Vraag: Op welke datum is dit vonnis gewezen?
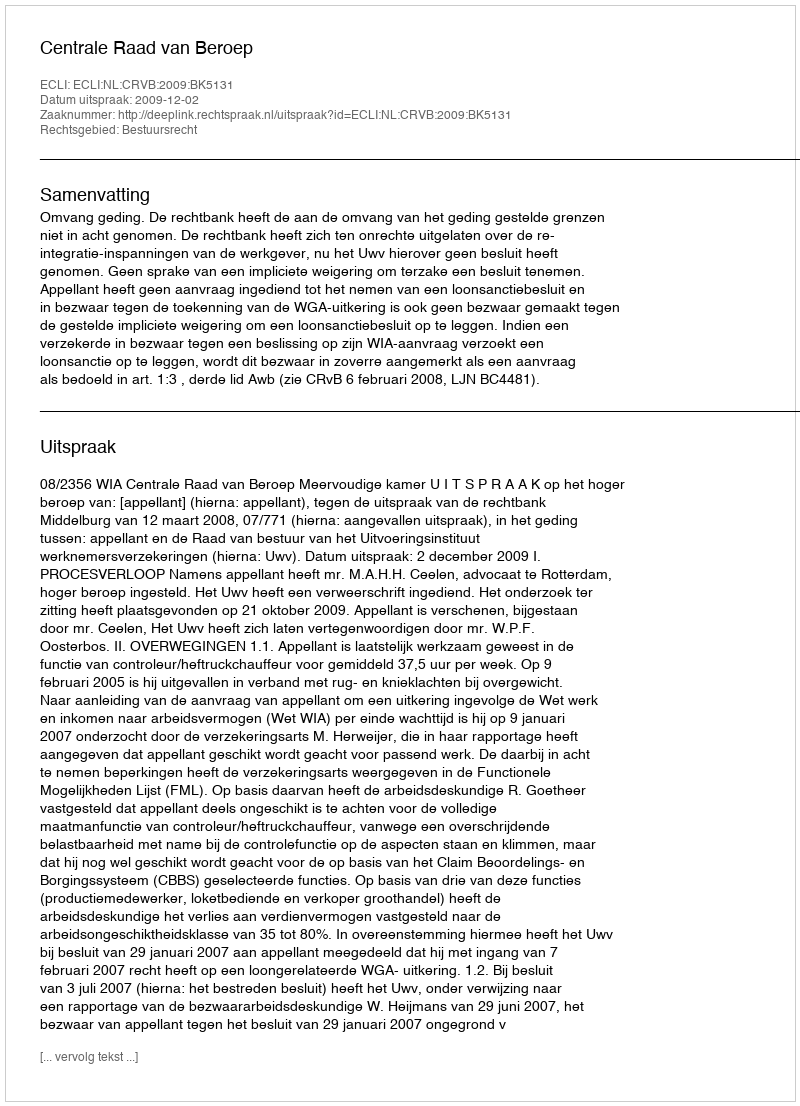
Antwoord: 2009-12-02